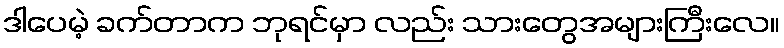
ဒါပေမဲ့ ခက်တာက ဘုရင်မှာ လည်း သားတွေအများကြီးလေ။